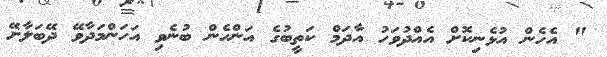
" އެހެން އުޅެނިކޮށް އެއްދުވަހު އާދަމް ކަތީބުގެ އަންހެން ބުނެވި އަހަންމަދާވޭ ދޭބަލާށޭ